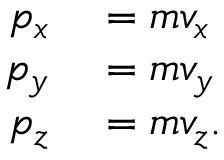
\begin{array} { r l } { p _ { x } } & { { } = m v _ { x } } \\ { p _ { y } } & { { } = m v _ { y } } \\ { p _ { z } } & { { } = m v _ { z } . } \end{array}